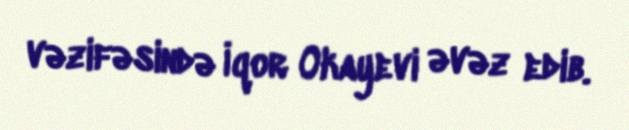
vəzifəsində İqor Okayevi əvəz edib.